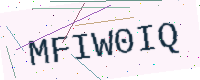
Text: MFIW0IQ